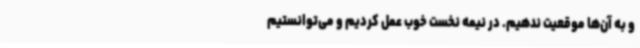
و به آن‌ها موقعیت ندهیم. در نیمه نخست خوب عمل کردیم و می‌توانستیم